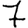
Digit: 7